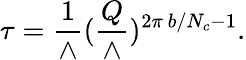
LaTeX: \tau={\frac{1}{\wedge}}({\frac{Q}{\wedge}})^{2\pi\ b/N_{c}-1}.